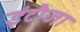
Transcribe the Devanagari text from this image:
इंटौजा